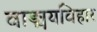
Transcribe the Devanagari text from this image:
वाङ्मयविहार